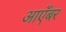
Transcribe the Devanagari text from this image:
आएँबर